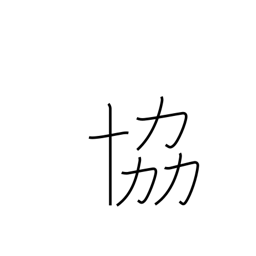
Meaning: co-